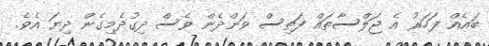
ބައެއް ފަހަރު އެ ޖަލްސާތައް ފަތިސް ވަންދެން ވެސް ދިގުދެމިގެން ދިޔަ އެވެ.